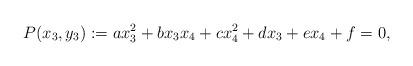
LaTeX: \begin{align*} P(x_{3},y_{3}) := ax_{3}^{2} + bx_{3} x_{4} + cx_{4}^{2} + dx_{3} + ex_{4} + f = 0,\end{align*}